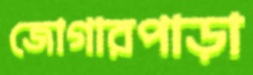
জোগারপাড়া